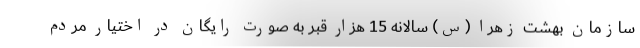
سازمان بهشت زهرا (س) سالانه 15 هزار قبر به صورت رایگان در اختیار مردم